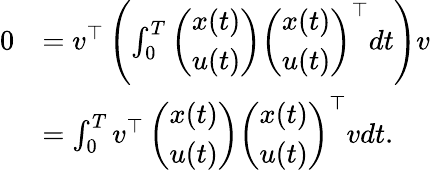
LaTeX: \begin{array}{rl}{0}&{=v^{\top}\left(\int_{0}^{T}\left(\begin{array}{l}{x(t)}\\ {u(t)}\end{array}\right)\left(\begin{array}{l}{x(t)}\\ {u(t)}\end{array}\right)^{\top}dt\right)v}\\ &{=\int_{0}^{T}v^{\top}\left(\begin{array}{l}{x(t)}\\ {u(t)}\end{array}\right)\left(\begin{array}{l}{x(t)}\\ {u(t)}\end{array}\right)^{\top}vdt.}\end{array}